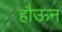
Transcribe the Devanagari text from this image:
हौऊन